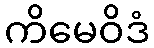
ကိမေဝိဒံ